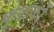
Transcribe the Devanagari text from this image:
कृशकों